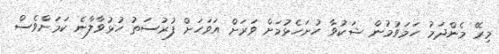
މިރޭ މެންދަމު ހަމަވުމުން ޝަކުވާ ހުށަހެޅުމަށް ވަރަށް އަވަހަށް ފުރުސަތު ހުޅުވާލާނެ ކަމަށްވެސް